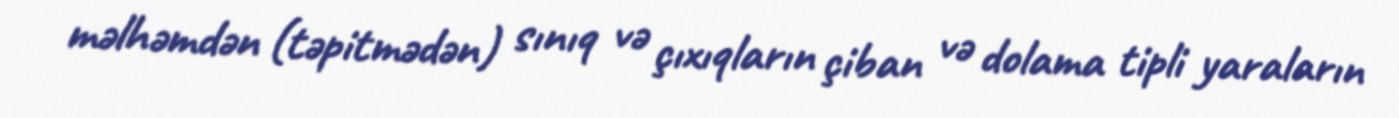
məlhəmdən (təpitmədən) sınıq və çıxıqların çiban və dolama tipli yaraların